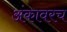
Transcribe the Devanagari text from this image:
अंकावरच